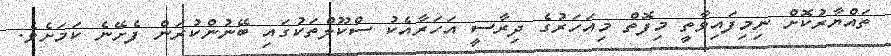
ތައްޔާރުކޮށް ނިމިފައިވާތީ މިފޮތް މިއަހަރުގެ ދިރާސީ އަހަރާއެކު ސްކޫލްތަކުގައި ބޭނުންކުރަން ފެށޭނެ ކަމަށެވެ.